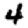
Digit: 4